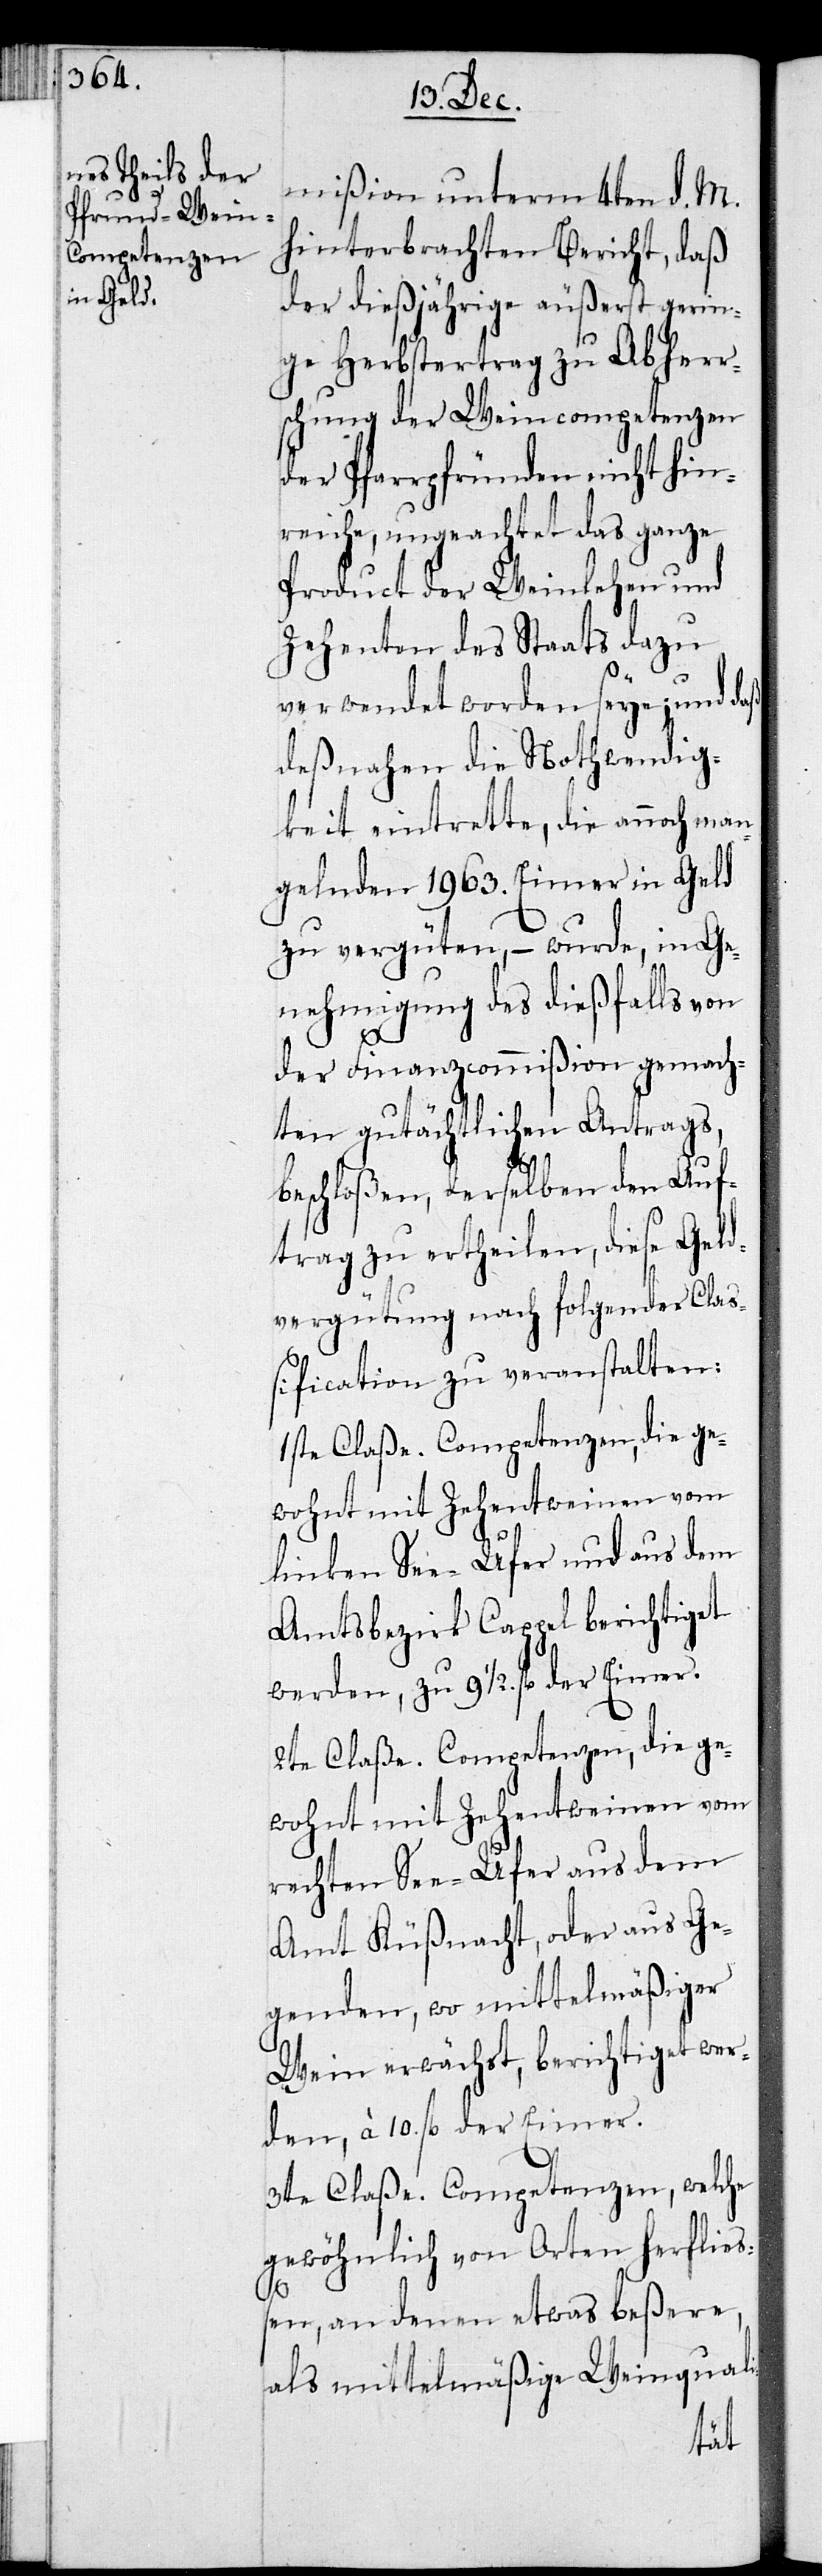
ung¬

mißion unterm 4ten d. M.
hinterbrachten Bericht, daß
der dießjährige äußerst gerin¬
ge Herbstertrag zu Abherr¬
schung der Weincompetenzen
der Pfarrpfründen nicht hin¬
reiche, ungeachtet das ganze
Produkt der Weinlehen und
Zehenten des Staats dazu
verwendet worden seye; und daß
desnahen die Nothwendig¬
keit eintrette, die annoch man¬
gelnden 1963. Eimer in Geld
zu vergüten, – wurde in Ge¬
nehmigung des dießfalls von
sch¬
der Finanzcommißion gemach¬
ten gutächtlichen Antrags,
beschloßen, derselben den Auf¬
trag zu ertheilen, diese Geld¬
vergütung nach folgender Claß¬
ification zu veranstalten:
1ste Claße. Competenzen, die ge¬
wohnt mit Zehentweinen vom
linken See-Ufer und aus dem
Amtsbezirk Kappel berichtiget
werden, zu 9 1/2. fl. der Eimer.
2te Claße. Competenzen, die ge¬
rechten See-Ufer aus dem
Amt Küsnacht, oder aus Ge¬
genden, wo mittelmäßiger
Wein erwächst, berichtiget wer¬
den, à 10. fl. der Eimer.
3te Claße. Competenzen, welche
gewöhnlich von Orten herfließ¬
en, an denen etwas beßere,
als mittelmäßige Weinquali-